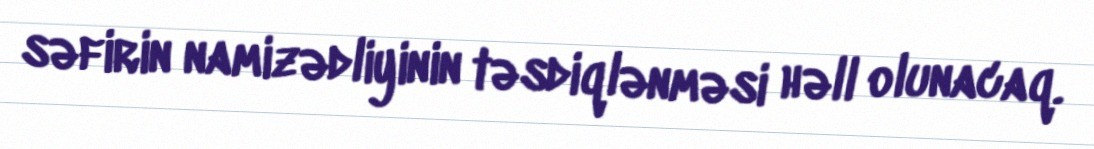
səfirin namizədliyinin təsdiqlənməsi həll olunacaq.